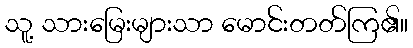
သူ့ သားမြေးများသာ မောင်းတတ်ကြ၏။